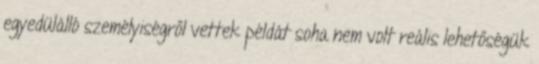
egyedülálló személyiségről vettek példát soha nem volt reális lehetőségük